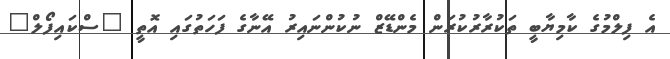
އެ ފިލްމުގެ ކާމިޔާބީ ތަކުރާރުކުރަން މެންޑޭޒް ނުކުންނައިރު އޭނާގެ ފަހަތުގައި އޮތީ "ސްކައިފޯލް"